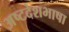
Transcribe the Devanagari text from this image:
अष्टदेशभाषा